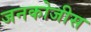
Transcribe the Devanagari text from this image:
जनकोजीस